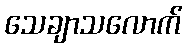
သေချာသလောက်